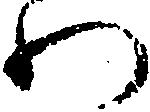
わ